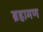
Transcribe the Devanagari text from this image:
ब्रहामण